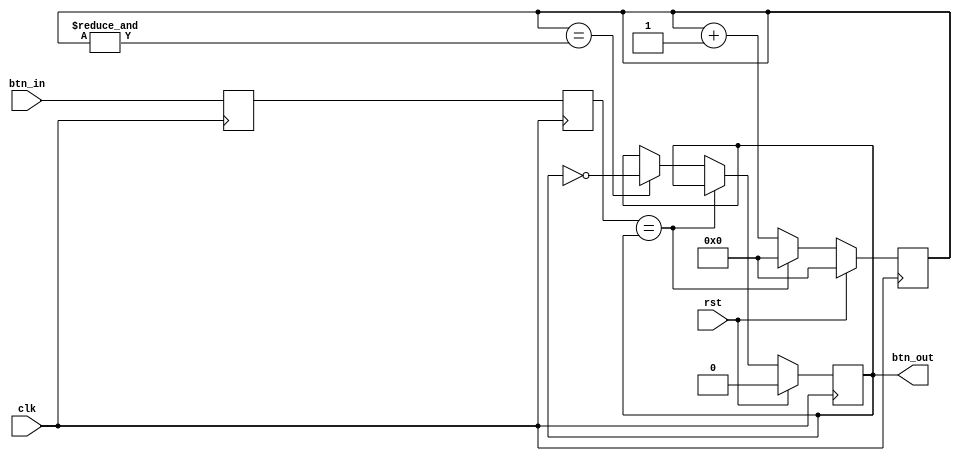
/**
  Button/switch debouncer
  --
  Architecture: ANY
  --
  Parameter:
    polarity: 1 => btn_in is active high, 0 => low
  --
  2020 - 2023 Gray, gray@grayraven.org
  https://oberon-rts.org/licences
**/

`timescale 1ns / 1ps
`default_nettype none

module dbnc #(parameter polarity = 1'b1) (
  input wire clk,
  input wire rst,
  input wire btn_in,     // not debounced HW button
  output wire btn_out    // debounced state of btn_in
);

  wire btn_pol = (polarity == 1'b1) ? btn_in : ~btn_in;

  reg state;
  reg [16:0] count;
  reg btn_s_0;
  reg btn_s_1;

  always @(posedge clk) begin
    btn_s_0 <= btn_pol;
    btn_s_1 <= btn_s_0;

    if (rst) begin
      state <= 1'b0;
      count[16:0] <= 17'b0;
    end
    else begin
      if (btn_s_1 == state) begin   // idle
        count[16:0] <= 17'b0;
      end
      else begin // button pressed
        count[16:0] <= count[16:0] + 17'b1;
        if (count == &count) begin
          state <= ~state;  // => btn_s_1 == state, counting stops
        end
      end
    end
  end

  assign btn_out = state;

endmodule

`resetall